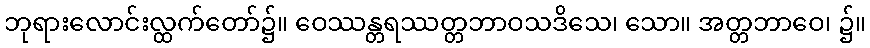
ဘုရားလောင်းလ္ထက်တော်၌။ ဝေဿန္တရဿတ္တဘာဝသဒိသေ၊ သော။ အတ္တဘာဝေ၊ ၌။